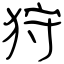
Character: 狩